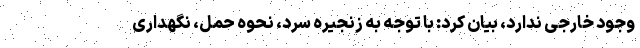
وجود خارجی ندارد، بیان کرد: با توجه به زنجیره سرد، نحوه حمل، نگهداری